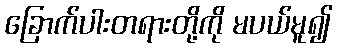
ခြောက်ပါးတရားတို့ကို မပယ်မူ၍